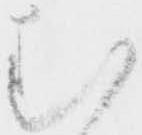
む